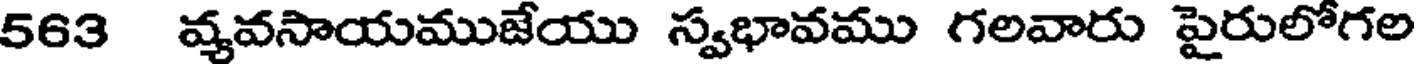
563 వ్యవసాయముజేయు స్వభావము గలవారు పైరులోగల